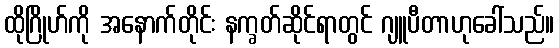
ထိုဂြိုဟ်ကို အနောက်တိုင်း နက္ခတ်ဆိုင်ရာတွင် ဂျူပီတာဟုခေါ်သည်။